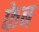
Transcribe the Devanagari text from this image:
फेब